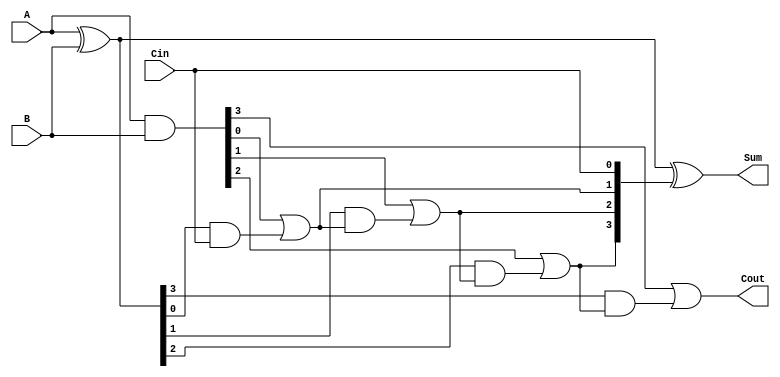
module ConditionalSumFullAdder #(parameter n = 4) (
    input  [n-1:0] A,        // First input operand
    input  [n-1:0] B,        // Second input operand
    input          Cin,       // Carry input
    output [n-1:0] Sum,       // Resulting sum
    output         Cout       // Carry output
);
    // Internal signals for generate and propagate
    wire [n-1:0] P; // Propagate
    wire [n-1:0] G; // Generate
    wire [n:0] C;    // Carry signals: C[0] = Cin, C[n] = Cout

    // Generate and propagate calculations
    assign P = A ^ B; // Partial sum without carry
    assign G = A & B; // Generate carry

    // Carry calculations
    assign C[0] = Cin; // Initial carry input
    genvar i;
    generate
        for (i = 1; i <= n; i = i + 1) begin : carry_calc
            assign C[i] = G[i-1] | (P[i-1] & C[i-1]);
        end
    endgenerate

    // Sum calculation
    assign Sum = P ^ C[n-1:0]; // Sum is partial sum XOR with carry

    // Final carry output
    assign Cout = C[n];

endmodule